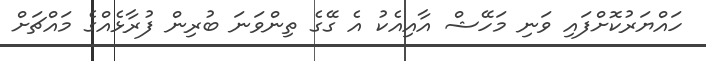
ހައްޔަރުކޮށްފައި ވަނި މަހޭޝް އާއިއެކު އެ ގޭގެ ތިންވަނަ ބުރިން ފުރާޅެއްގެ މައްޗަށް